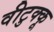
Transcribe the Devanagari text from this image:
वीटुक्कू